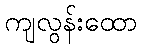
ကျလွန်းထော